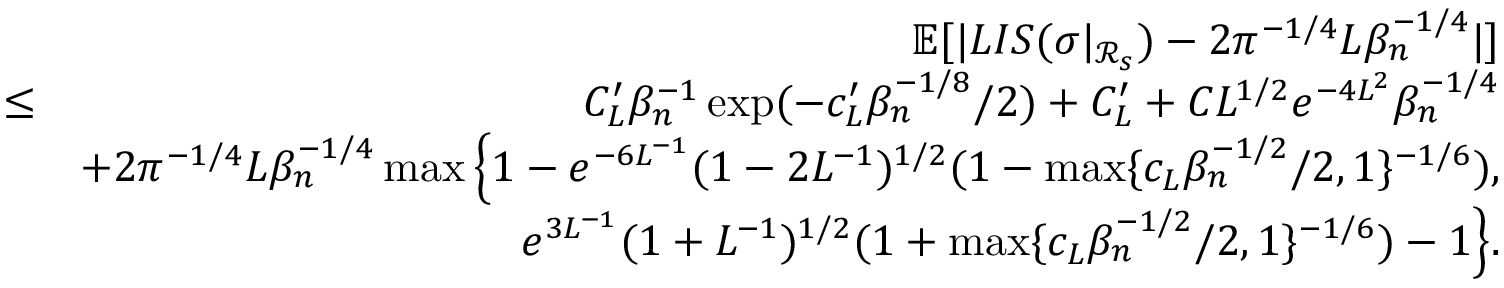
\begin{array} { r l r } & { } & { \mathbb { E } [ | L I S ( \sigma | _ { \mathcal { R } _ { s } } ) - 2 \pi ^ { - 1 \slash 4 } L \beta _ { n } ^ { - 1 \slash 4 } | ] } \\ & { \leq } & { C _ { L } ^ { \prime } \beta _ { n } ^ { - 1 } \exp ( - c _ { L } ^ { \prime } \beta _ { n } ^ { - 1 \slash 8 } \slash 2 ) + C _ { L } ^ { \prime } + C L ^ { 1 \slash 2 } e ^ { - 4 L ^ { 2 } } \beta _ { n } ^ { - 1 \slash 4 } } \\ & { } & { + 2 \pi ^ { - 1 \slash 4 } L \beta _ { n } ^ { - 1 \slash 4 } \operatorname* { m a x } \Big \{ 1 - e ^ { - 6 L ^ { - 1 } } ( 1 - 2 L ^ { - 1 } ) ^ { 1 \slash 2 } ( 1 - \operatorname* { m a x } \{ c _ { L } \beta _ { n } ^ { - 1 \slash 2 } \slash 2 , 1 \} ^ { - 1 \slash 6 } ) , } \\ & { } & { \quad \quad \quad \quad \quad \quad \quad e ^ { 3 L ^ { - 1 } } ( 1 + L ^ { - 1 } ) ^ { 1 \slash 2 } ( 1 + \operatorname* { m a x } \{ c _ { L } \beta _ { n } ^ { - 1 \slash 2 } \slash 2 , 1 \} ^ { - 1 \slash 6 } ) - 1 \Big \} . } \end{array}